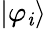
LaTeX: |\varphi_{\mathit{i}}\rangle